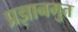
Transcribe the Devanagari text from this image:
प्रज्ञानमुत